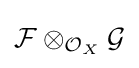
{\mathcal {F}}\otimes _{{\mathcal {O}}_{X}}{\mathcal {G}}